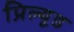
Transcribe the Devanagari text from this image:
प्रिल्यूड